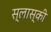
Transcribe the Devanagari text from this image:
स्लास्की